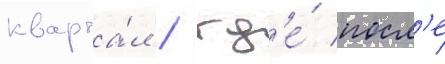
кварта́л / гд'е́ посл'е